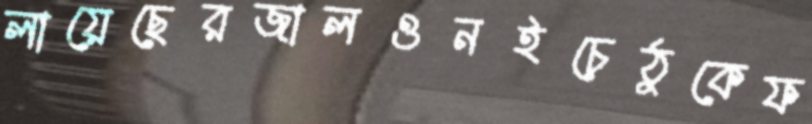
লায়েছেরজালওনইচেঠুকেফ